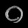
Digit: ၀